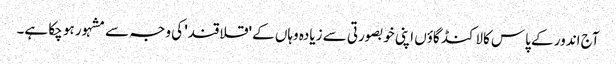
آج اندور کے پاس کالاکنڈ گاؤں اپنی خوبصورتی سے زیادہ وہاں کے 'قلاقند' کی وجہ سے مشہور ہو چکا ہے۔